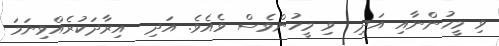
ވި މީހުންނާއި އަދި  ވި މީހުންވެސް ވެއެވެ. އަދި  އިރާދަކުރެއްވިނަމަ